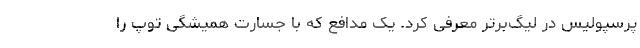
پرسپولیس در لیگ‌برتر معرفی کرد. یک مدافع که با جسارت همیشگی توپ را